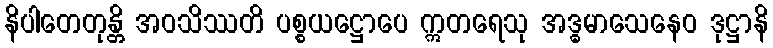
နိပါတေတုန္တိ အဝသိဿတိ ပစ္စယဋ္ဌောပေ ဣတရေသု အဒ္ဓမာသေနေဝ ဒုဋ္ဌာနိ